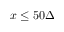
x \leq 5 0 \Delta